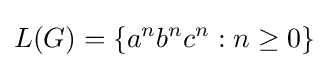
L(G)=\{a^{n}b^{n}c^{n}:n\geq 0\}